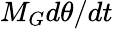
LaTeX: M_{G}d\theta/dt